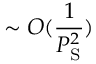
\sim O ( \frac { 1 } { P _ { \mathrm { S } } ^ { 2 } } )